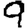
Digit: 9